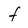
Character: f